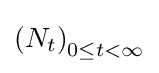
\left(N_{t}\right)_{0\leq t<\infty }